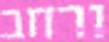
ורחב